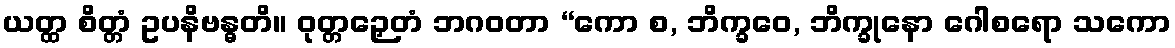
ယတ္ထ စိတ္တံ ဥပနိဗန္ဓတိ။ ဝုတ္တဉှေတံ ဘဂဝတာ “ကော စ, ဘိက္ခဝေ, ဘိက္ခုနော ဂေါစရော သကော